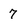
Character: 7